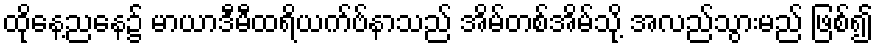
ထိုနေ့ညနေ၌ မာယာဒီမီထရိယက်ဗ်နာသည် အိမ်တစ်အိမ်သို့ အလည်သွားမည် ဖြစ်၍